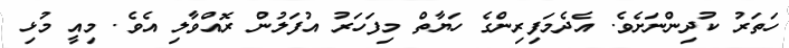
ހަތަރު ކުދިންނަށެވެ. އެދެމަފިރިންގެ ހަޔާތް މިފަހަރު އުފަލުން ރޮއްވާލި އެވެ. މިއީ މުޅި